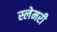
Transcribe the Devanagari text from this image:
स्लेमरी